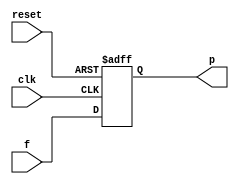
module FFD_sincrono(input wire clk,reset,f, output reg p); 

always @ (posedge clk, posedge reset)
	begin 
	if (reset) 
		p <= 1; 
	else 
		p <= f; 
end 
endmodule